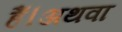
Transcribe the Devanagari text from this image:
हैं।अथवा